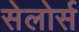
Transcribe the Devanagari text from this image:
सेलोर्स